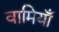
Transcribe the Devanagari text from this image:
वामियाँ